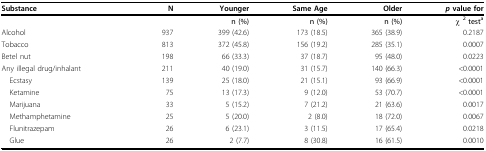
<table><thead><tr><td><b>Substance</b></td><td><b>N</b></td><td><b>Younger </b></td><td><b>Same Age</b></td><td><b>Older</b></td><td><b><i>p </i>value for</b></td></tr><tr><td></td><td></td><td><b>n (%)</b></td><td><b>n (%)</b></td><td><b>n (%)</b></td><td><b>χ <sup>2 </sup>test<sup>a</sup></b></td></tr></thead><tbody><tr><td>Alcohol</td><td>937</td><td>399 (42.6)</td><td>173 (18.5)</td><td>365 (38.9)</td><td>0.2187</td></tr><tr><td>Tobacco</td><td>813</td><td>372 (45.8)</td><td>156 (19.2)</td><td>285 (35.1)</td><td>0.0007</td></tr><tr><td>Betel nut</td><td>198</td><td>66 (33.3)</td><td>37 (18.7)</td><td>95 (48.0)</td><td>0.0223</td></tr><tr><td>Any illegal drug/inhalant</td><td>211</td><td>40 (19.0)</td><td>31 (15.7)</td><td>140 (66.3)</td><td>&lt;0.0001</td></tr><tr><td> Ecstasy</td><td>139</td><td>25 (18.0)</td><td>21 (15.1)</td><td>93 (66.9)</td><td>&lt;0.0001</td></tr><tr><td> Ketamine</td><td>75</td><td>13 (17.3)</td><td>9 (12.0)</td><td>53 (70.7)</td><td>&lt;0.0001</td></tr><tr><td> Marijuana</td><td>33</td><td>5 (15.2)</td><td>7 (21.2)</td><td>21 (63.6)</td><td>0.0017</td></tr><tr><td> Methamphetamine</td><td>25</td><td>5 (20.0)</td><td>2 (8.0)</td><td>18 (72.0)</td><td>0.0067</td></tr><tr><td> Flunitrazepam</td><td>26</td><td>6 (23.1)</td><td>3 (11.5)</td><td>17 (65.4)</td><td>0.0218</td></tr><tr><td> Glue</td><td>26</td><td>2 (7.7)</td><td>8 (30.8)</td><td>16 (61.5)</td><td>0.0010</td></tr></tbody></table>